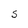
Character: S